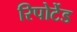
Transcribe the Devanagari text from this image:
रिपोर्टेड